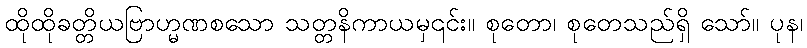
ထိုထိုခတ္တိယဗြာဟ္မဏစသော သတ္တနိကာယမှ၎င်း။ စုတော၊ စုတေသည်ရှိ သော်။ ပုန၊